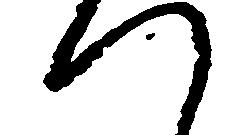
つ